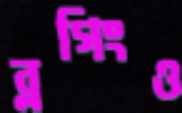
ব্লগিংও